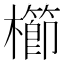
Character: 櫛